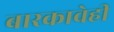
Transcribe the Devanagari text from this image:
बारकावेही